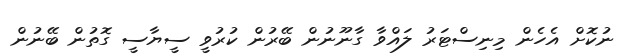
ނުކޮށް އެހެން މިނިސްޓަރު ލައްވާ ގާނޫނުން ބޭރުން ކުރުވީ ސީޔާސީ ގޮތުން ބޭނުން